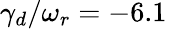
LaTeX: \gamma_{d}/\omega_{r}=-6.1\